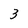
Character: 3